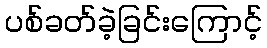
ပစ်ခတ်ခဲ့ခြင်းကြောင့်